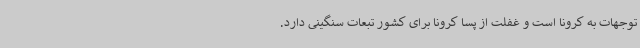
توجهات به کرونا است و غفلت از پسا کرونا برای کشور تبعات سنگینی دارد.